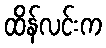
ထိန်လင်းက